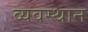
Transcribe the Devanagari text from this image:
व्यवस्थान